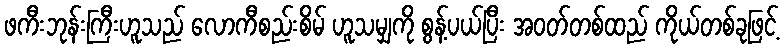
ဖကီးဘုန်းကြီးဟူသည် လောကီစည်းစိမ် ဟူသမျှကို စွန့်ပယ်ပြီး အဝတ်တစ်ထည် ကိုယ်တစ်ခုဖြင့်